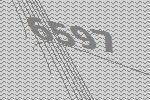
6597